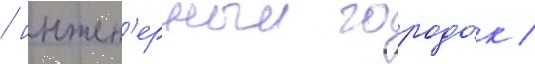
/ инжен'ерныи городо́к /